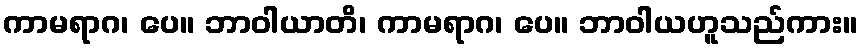
ကာမရာဂ၊ ပေ။ ဘာဝါယာတိ၊ ကာမရာဂ၊ ပေ။ ဘာဝါယဟူသည်ကား။